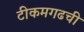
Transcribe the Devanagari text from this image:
टीकमगढची